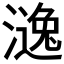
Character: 𣾹